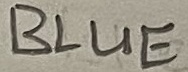
Text: BLUE